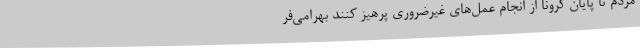
مردم تا پایان کرونا از انجام عمل‌های غیرضروری پرهیز کنند بهرامی‌فر